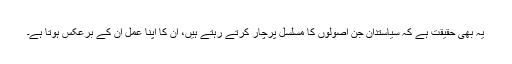
یہ بھی حقیقت ہے کہ سیاستدان جن اصولوں کا مسلسل پرچار کرتے رہتے ہیں، ان کا اپنا عمل ان کے برعکس ہوتا ہے۔